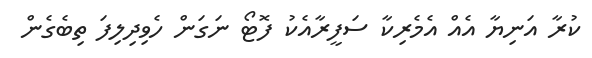
ކުރާ އަނިޔާ އެއް އެމެރިކާ ސަފީރާއެކު ފޮޓޯ ނަގަން ހެވިދިލިފަ ތިބެގެން